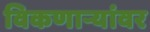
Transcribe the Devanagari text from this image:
विकणाऱ्यांवर